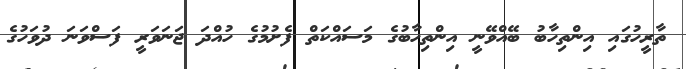
ތާރީހުގައި އިންތިހާބު ބޭއްވޭނީ އިންތިހާބުގެ މަަސައްކަތް ފެށުމުގެ ހުއްދަ ޖަނަވަރީ ފަސްވަނަ ދުވަހުގެ